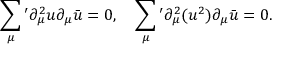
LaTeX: \sum _ { \mu } { } ^ { \prime } \partial _ { \mu } ^ { 2 } u \partial _ { \mu } \bar { u } = 0 , \quad \sum _ { \mu } { } ^ { \prime } \partial _ { \mu } ^ { 2 } ( u ^ { 2 } ) \partial _ { \mu } \bar { u } = 0 .